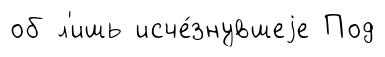
об л'ишь исче́знувшеjе Под